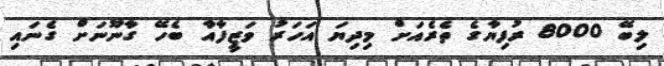
ލިބޭ 8000 ރުފިޔާގެ ތެރެއަށް މިދިޔަ އަހަރު ވަޒީފާއާ ބެހޭ ގާނޫނަށް ގެނައި